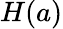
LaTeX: H(a)